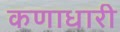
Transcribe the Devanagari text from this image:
कणाधारी